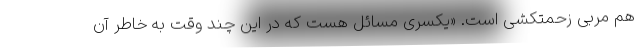
هم مربی زحمتکشی است. «یکسری مسائل هست که در این چند وقت به خاطر آن